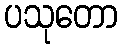
ပသုတော